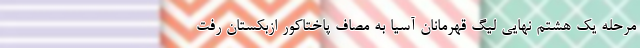
مرحله یک هشتم نهایی لیگ قهرمانان آسیا به مصاف پاختاکور ازبکستان رفت